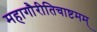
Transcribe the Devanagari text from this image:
महागौरीतिचाष्टमम्